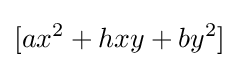
[ax^{2}+hxy+by^{2}]